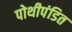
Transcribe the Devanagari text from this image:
पोथीपंडित